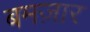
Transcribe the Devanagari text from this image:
बमज़ार